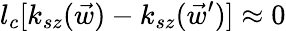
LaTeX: l_{c}[k_{sz}(\vec{w})-k_{sz}(\vec{w}^{\prime})]\approx 0